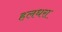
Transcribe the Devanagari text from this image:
हलधरा